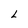
Character: L